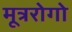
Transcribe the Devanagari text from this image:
मूत्ररोगो